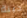
جبنة